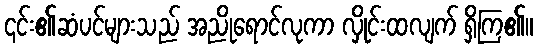
၎င်း၏ဆံပင်များသည် အညိုရောင်လုကာ လှိုင်းထလျက် ရှိကြ၏။